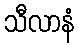
သီလာနံ